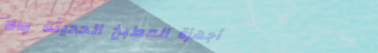
أجهزة المطبخ الحديثة والأ